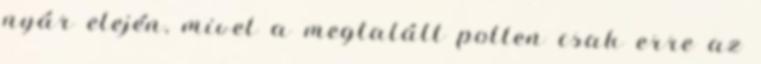
nyár elején, mivel a megtalált pollen csak erre az